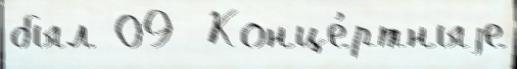
был 09  Конце́ртныjе